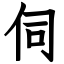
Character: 伺